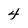
Character: 4